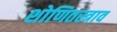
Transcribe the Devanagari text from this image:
शोणितस्त्राव